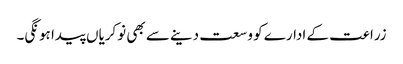
زراعت کے ادارے کو وسعت دینے سے بھی نوکریاں پیدا ہونگی۔